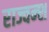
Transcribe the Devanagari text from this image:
राज्वन्श